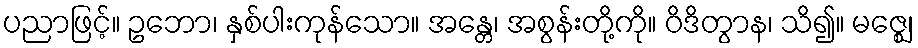
ပညာဖြင့်။ ဥဘော၊ နှစ်ပါးကုန်သော။ အန္တေ၊ အစွန်းတို့ကို။ ဝိဒိတွာန၊ သိ၍။ မဇ္ဈေ၊